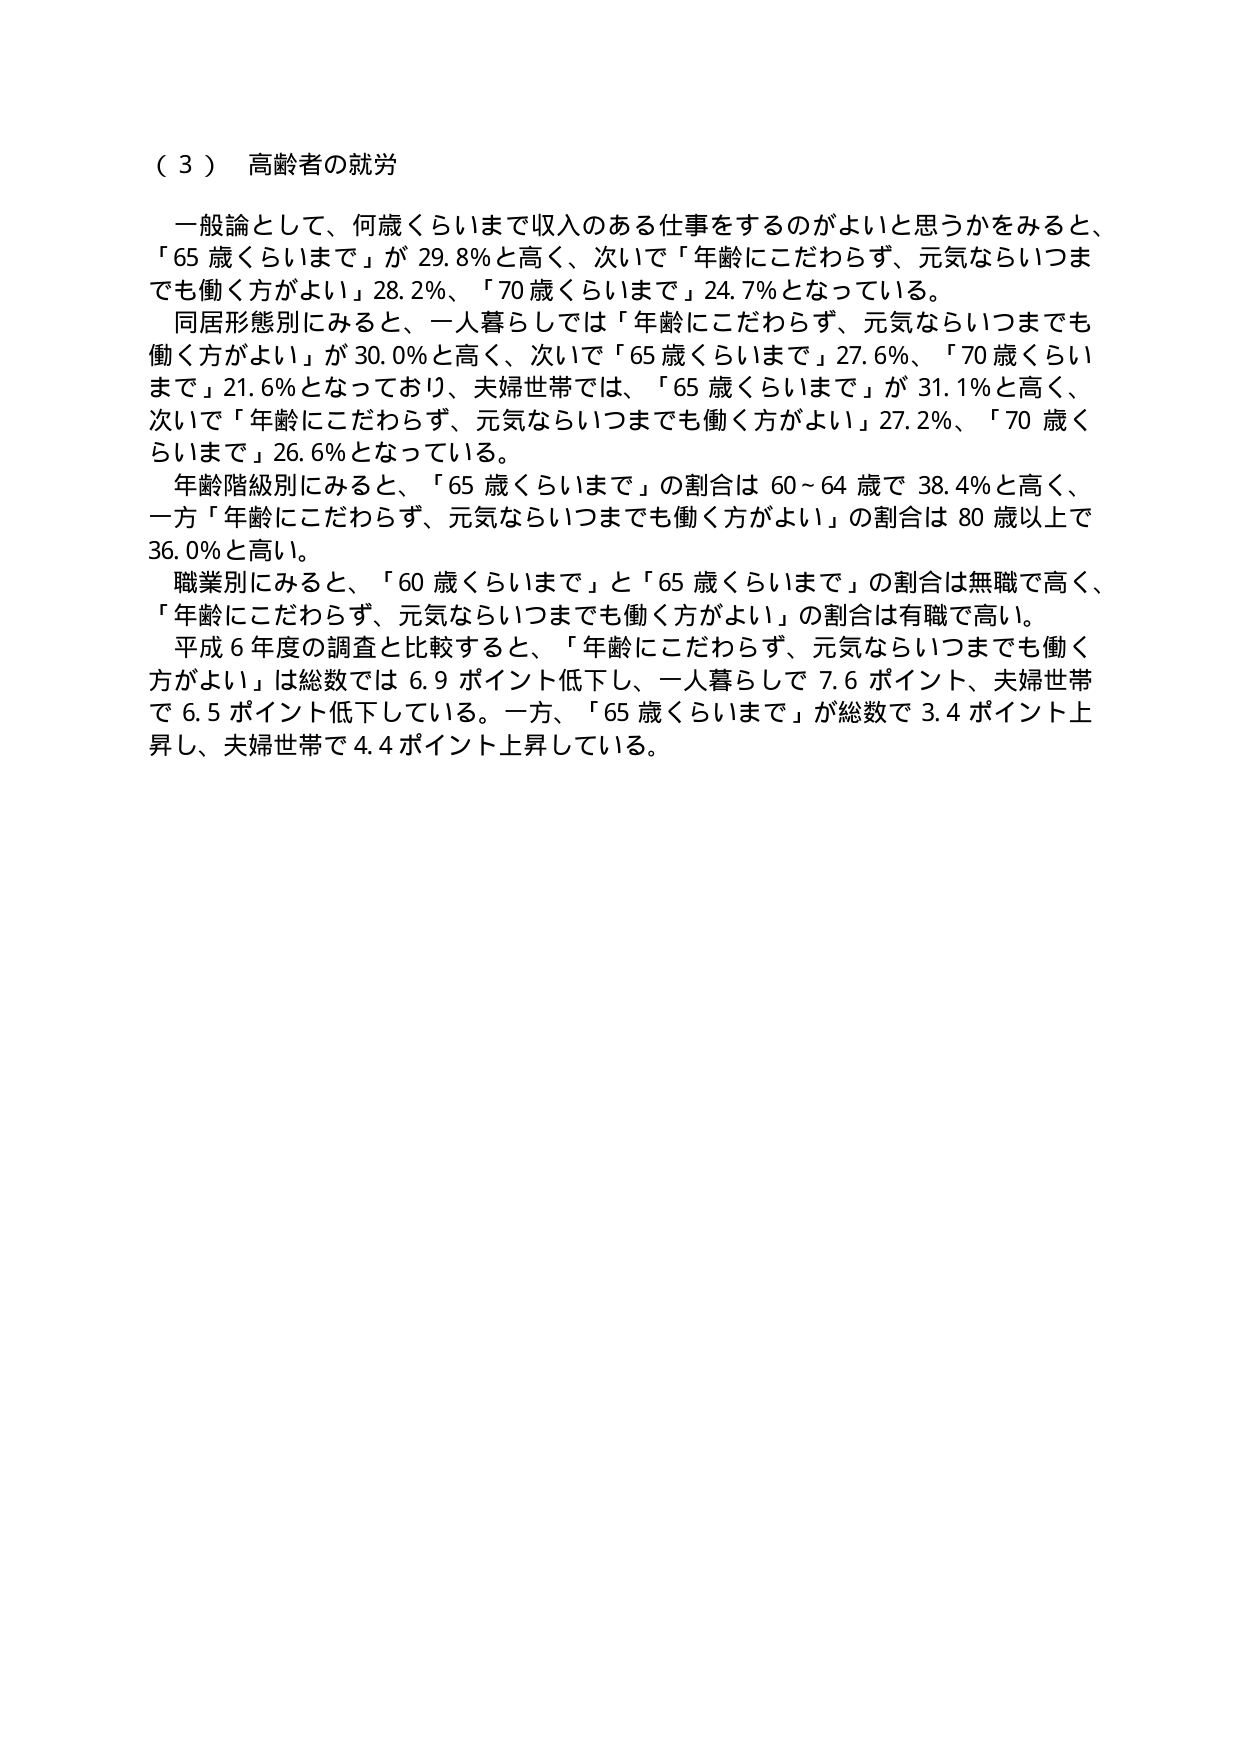
（３） 高齢者の就労

一般論として、何歳くらいまで収入のある仕事をするのがよいと思うかをみると、
「65 歳くらいまで」が 29.8％と高く、次いで「年齢にこだわらず、元気ならいつま
でも働く方がよい」28.2％、「70 歳くらいまで」24.7％となっている。

同居形態別にみると、一人暮らしでは「年齢にこだわらず、元気ならいつまでも
働く方がよい」が 30.0％と高く、次いで「65 歳くらいまで」27.6％、「70 歳くらい
まで」21.6％となっており、夫婦世帯では、「65 歳くらいまで」が 31.1％と高く、
次いで「年齢にこだわらず、元気ならいつまでも働く方がよい」27.2％、「70 歳く
らいまで」26.6％となっている。

年齢階級別にみると、「65 歳くらいまで」の割合は 60～64 歳で 38.4％と高く、
一方「年齢にこだわらず、元気ならいつまでも働く方がよい」の割合は 80 歳以上で
36.0％と高い。

職業別にみると、「60 歳くらいまで」と「65 歳くらいまで」の割合は無職で高く、
「年齢にこだわらず、元気ならいつまでも働く方がよい」の割合は有職で高い。

平成 6 年度の調査と比較すると、「年齢にこだわらず、元気ならいつまでも働く
方がよい」は総数では 6.9 ポイント低下し、一人暮らしで 7.6 ポイント、夫婦世帯
で 6.5 ポイント低下している。一方、「65 歳くらいまで」が総数で 3.4 ポイント上
昇し、夫婦世帯で 4.4 ポイント上昇している。